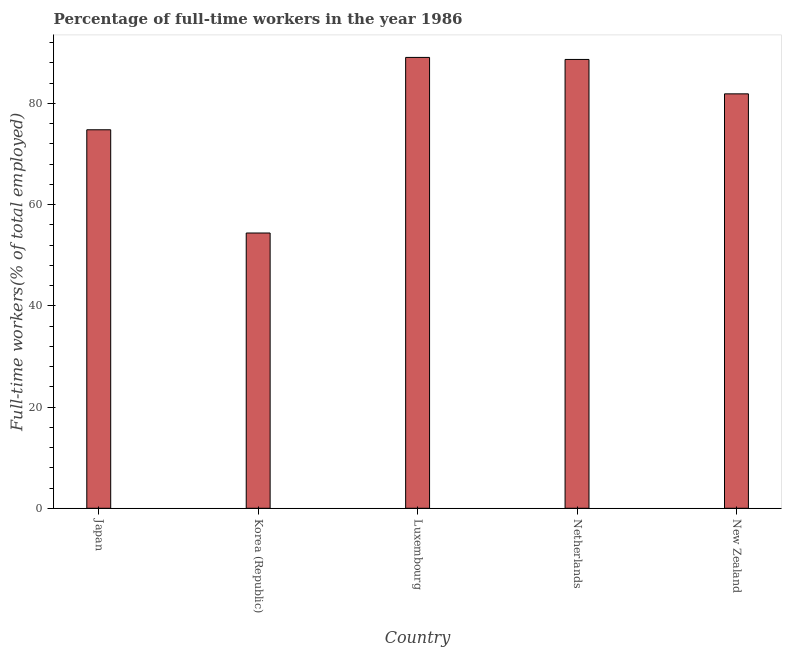
| Country | Wage and salaried workers |
 | --- | --- |
 | Japan | 74.8 |
 | Korea (Republic) | 54.4 |
 | Luxembourg | 89.1 |
 | Netherlands | 88.7 |
 | New Zealand | 81.9 |